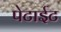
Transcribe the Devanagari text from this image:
पेटाईट